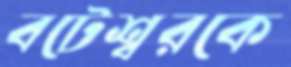
বটেশ্বরকে